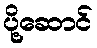
ပို့ဆောင်